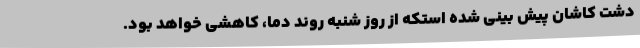
دشت کاشان پیش بینی شده استکه از روز شنبه روند دما، کاهشی خواهد بود.